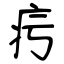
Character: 疞